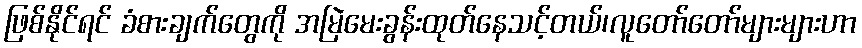
ဖြစ်နိုင်ရင် ခံစားချက်တွေကို အမြဲမေးခွန်းထုတ်နေသင့်တယ်၊လူတော်တော်များများဟာ